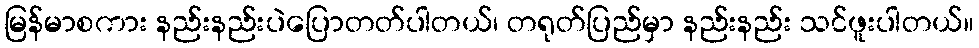
မြန်မာစကား နည်းနည်းပဲပြောတတ်ပါတယ်၊ တရုတ်ပြည်မှာ နည်းနည်း သင်ဖူးပါတယ်။